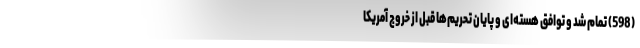
(598) تمام شد و توافق هسته‌ای و پایان تحریم‌ها قبل از خروج آمریکا